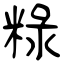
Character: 粶